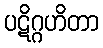
ပဋိဂ္ဂဟိတာ